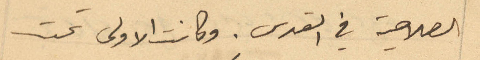
الصلاحية في القدس. وكانت الاولى تحت